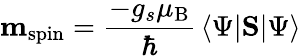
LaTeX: \mathbf{m}_{\mathrm{{spin}}}={\frac{-g_{s}\mu_{\mathrm{{B}}}}{\hbar}}\, \langle\Psi\vert\mathbf{S}\vert\Psi\rangle